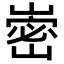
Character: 𭗏